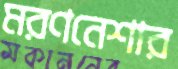
মরণনেশার